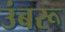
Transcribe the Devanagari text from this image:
उंबरू